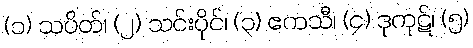
(၁) သပိတ်၊ (၂) သင်းပိုင်၊ (၃) ဧကသီ၊ (၄) ဒုကုဋ်၊ (၅)